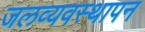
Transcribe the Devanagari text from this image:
जलव्यवस्थापन